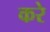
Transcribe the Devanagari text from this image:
करेे